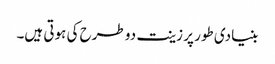
بنیادی طور پر زینت دو طرح کی ہوتی ہیں۔